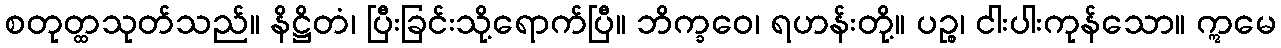
စတုတ္ထသုတ်သည်။ နိဋ္ဌိတံ၊ ပြီးခြင်းသို့ရောက်ပြီ။ ဘိက္ခဝေ၊ ရဟန်းတို့။ ပဉ္စ၊ ငါးပါးကုန်သော။ ဣမေ